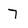
Character: 7